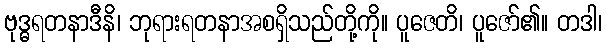
ဗုဒ္ဓရတနာဒီနိ၊ ဘုရားရတနာအစရှိသည်တို့ကို။ ပူဇေတိ၊ ပူဇော်၏။ တဒါ၊